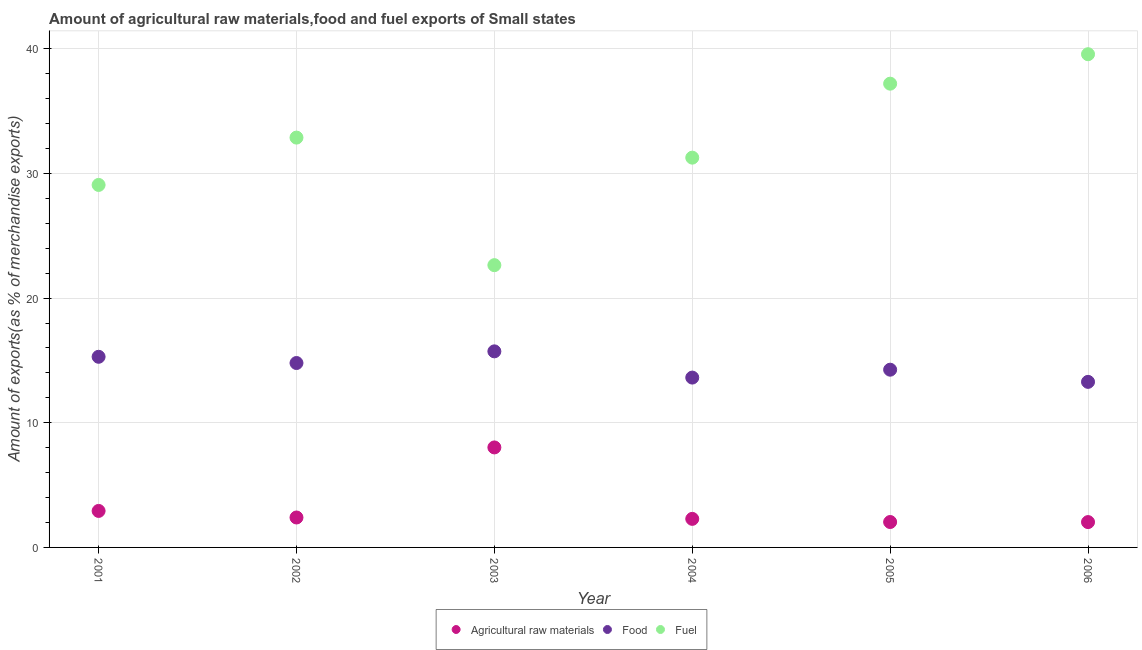
| Year | Agricultural raw materials | Food | Fuel |
 | --- | --- | --- | --- |
 | 2001 | 2.93 | 15.3 | 29.1 |
 | 2002 | 2.4 | 14.8 | 32.9 |
 | 2003 | 8.02 | 15.7 | 22.6 |
 | 2004 | 2.29 | 13.6 | 31.3 |
 | 2005 | 2.04 | 14.3 | 37.2 |
 | 2006 | 2.03 | 13.3 | 39.6 |